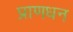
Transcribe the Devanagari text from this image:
प्राणधन